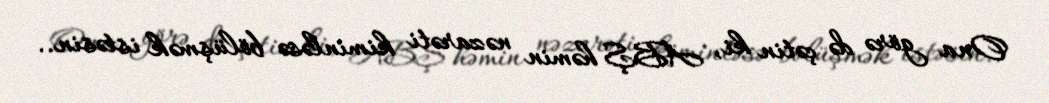
Ona görə də çətin ki, ABŞ həmin nəzarəti kiminləsə bölüşmək istəsin..